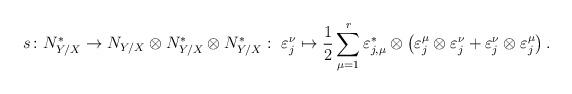
LaTeX: \begin{align*}s\colon N_{Y/X}^*\to N_{Y/X}\otimes N_{Y/X}^*\otimes N_{Y/X}^*:\ \varepsilon_j^\nu\mapsto \frac{1}{2}\sum_{\mu=1}^r\varepsilon_{j, \mu}^*\otimes \left(\varepsilon_j^\mu\otimes \varepsilon_j^\nu+\varepsilon_j^\nu\otimes \varepsilon_j^\mu\right). \end{align*}